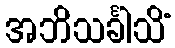
အဘိသင်္ခါသိံ